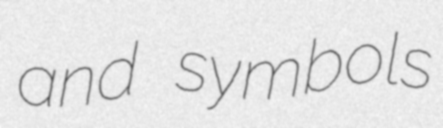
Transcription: and symbols